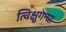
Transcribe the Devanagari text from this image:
त्विक्षुगन्धा